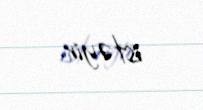
istəyir.